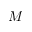
M